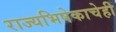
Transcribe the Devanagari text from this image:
राज्यभिषेकाचेही